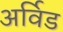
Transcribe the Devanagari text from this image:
अर्विड